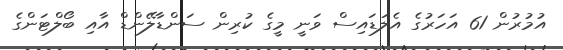
އުމުރުން 61 އަހަރުގެ އެލަޑައިސް ވަނީ މީގެ ކުރިން ސަންޑާލޭންޑް އާއި ބޯލްޓަންގެ